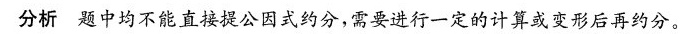
分析 题中均不能直接提公因式约分，需要进行一定的计算或变形后再约分。